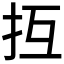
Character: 𢪔